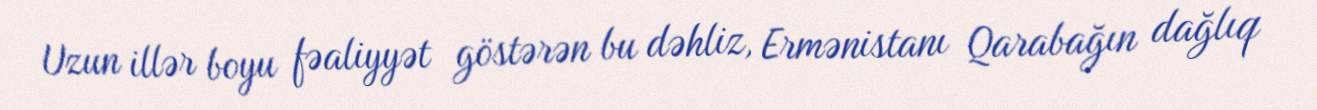
Uzun illər boyu fəaliyyət göstərən bu dəhliz, Ermənistanı Qarabağın dağlıq